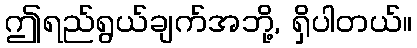
ဤရည်ရွယ်ချက်အဘို့, ရှိပါတယ်။